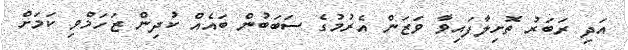
އަދި ރަބަރު ތޮށިލާފައިވާ ވަޒަން އެރުމުގެ ސަބަބުން ބައެއް ކުދިން ޒަހަމްވި ކަމަށް